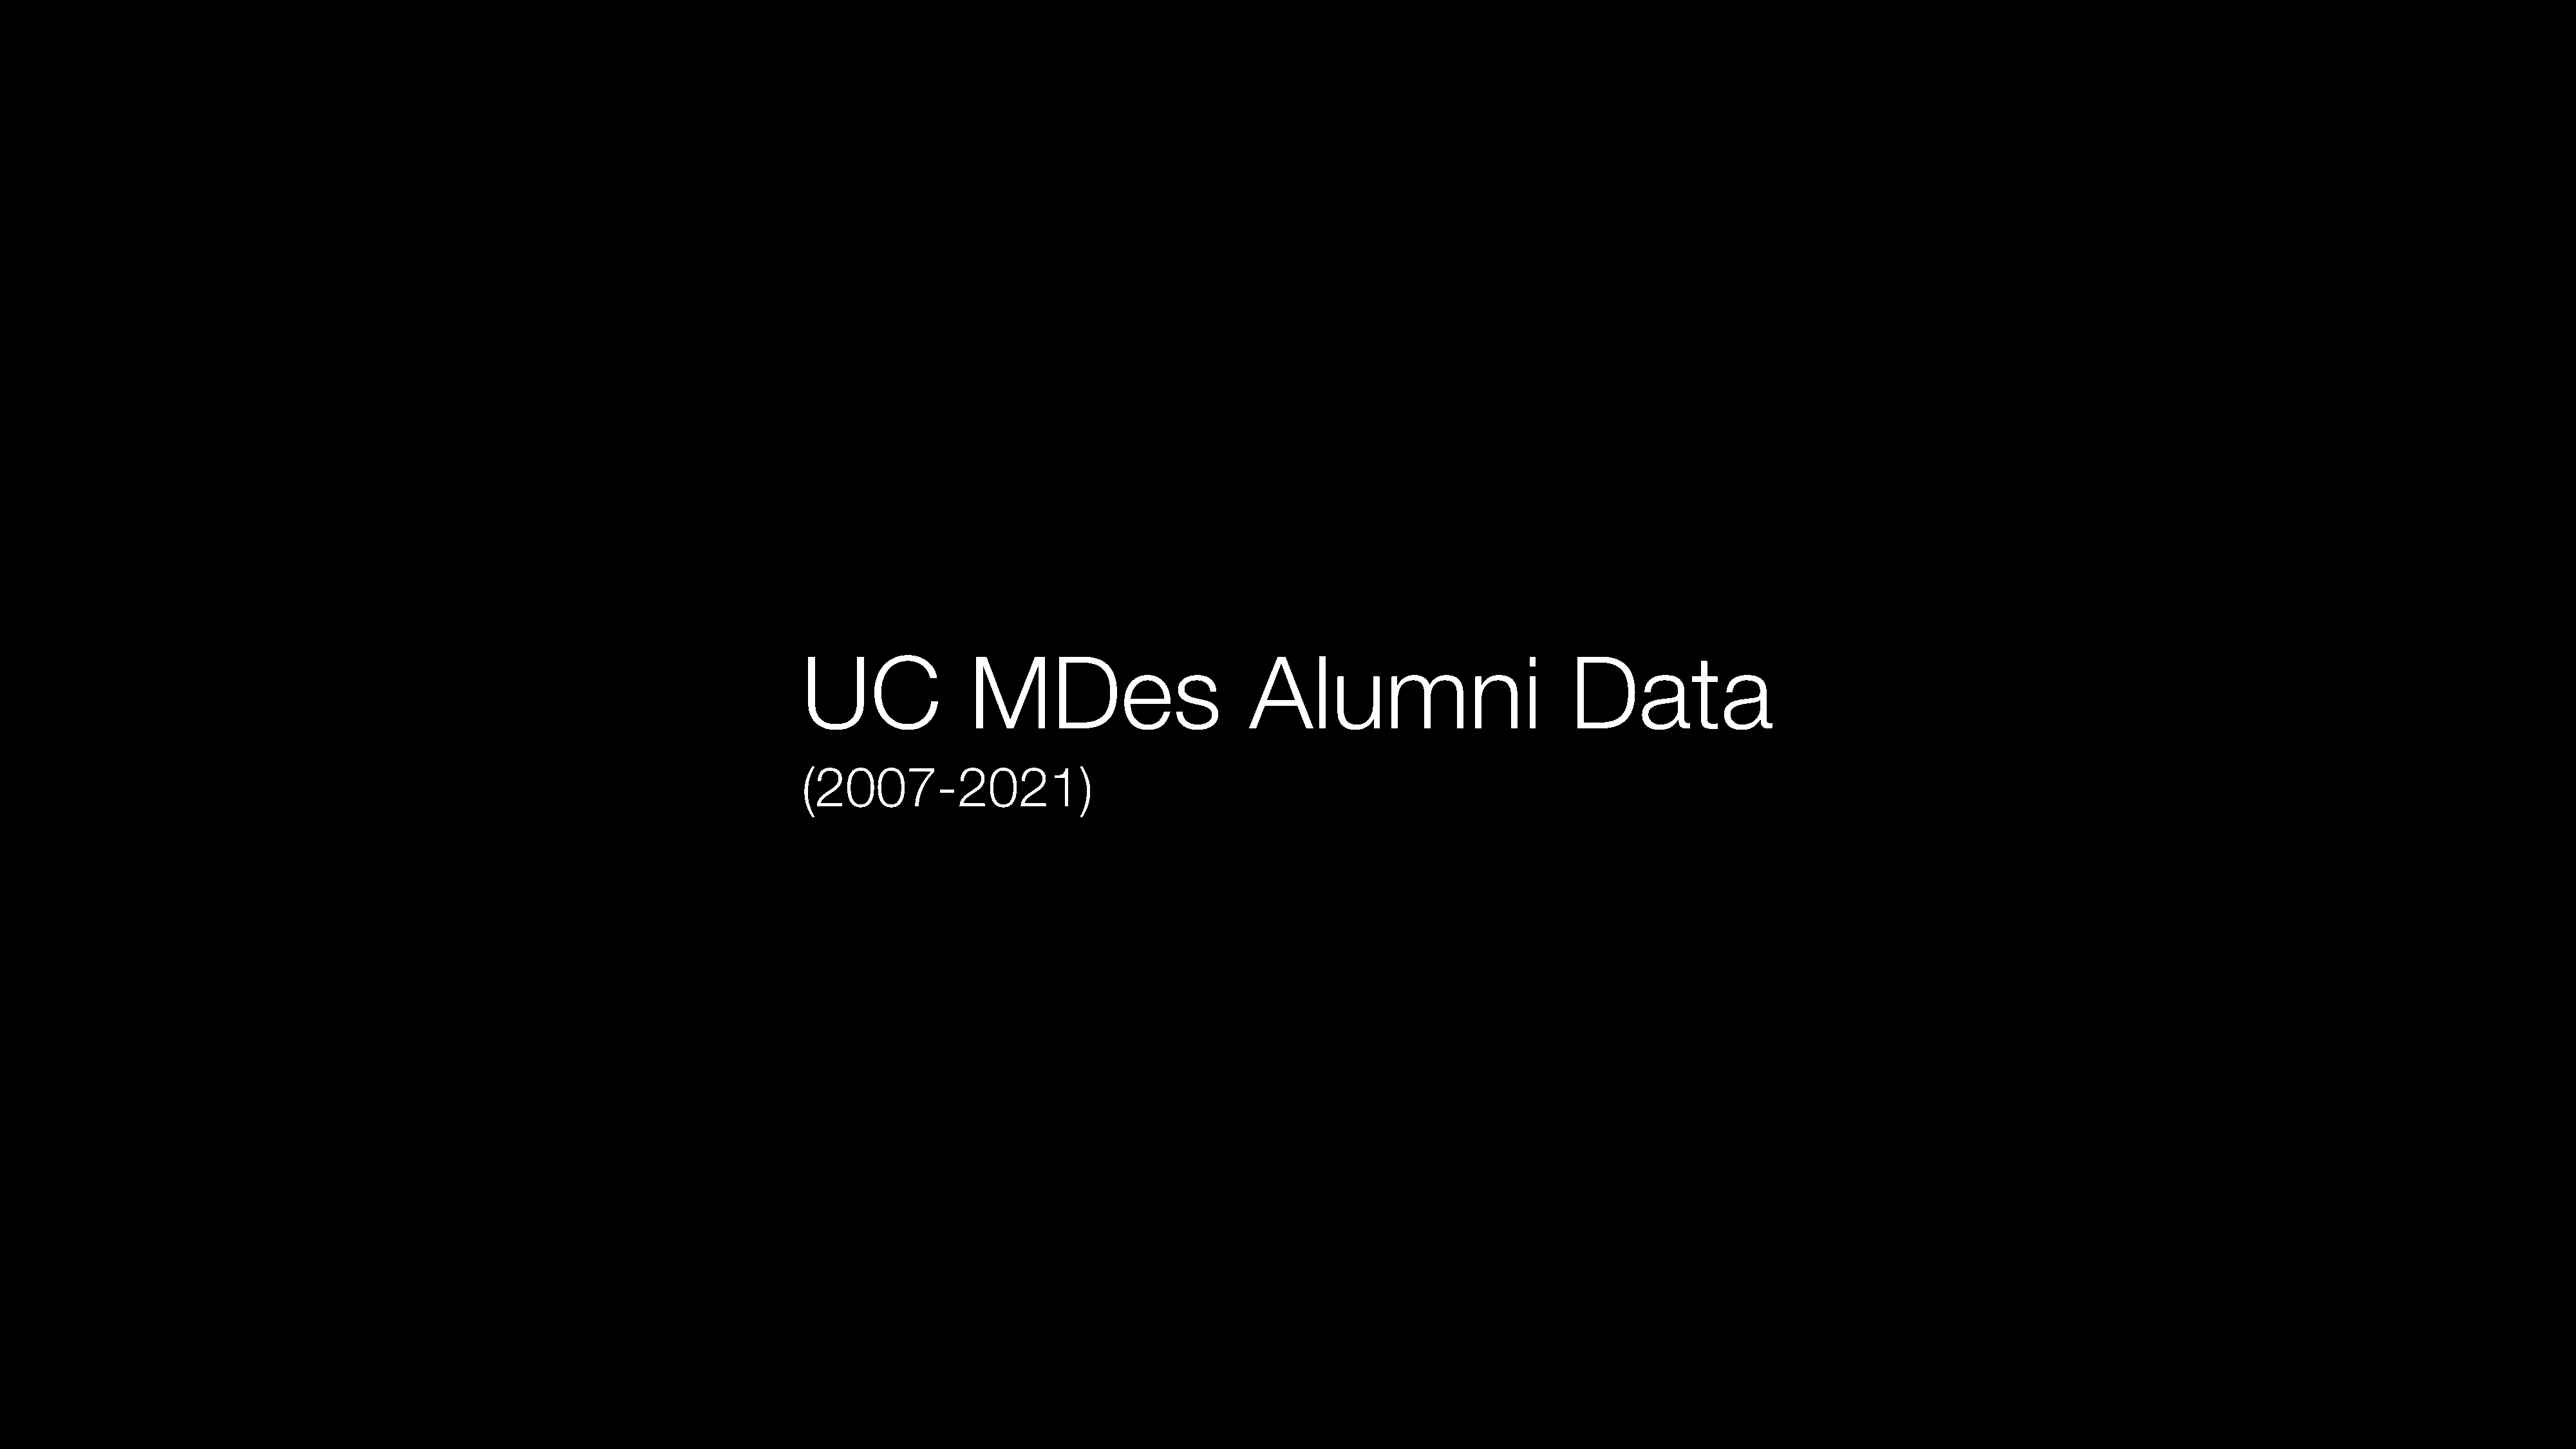
UC                MDes                        Alumni                           Data
 (2007-2021)